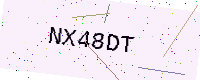
Text: NX48DT